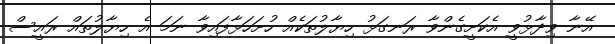
އޭނާ ވިދާޅުވީ އެކަށީގެންވާ ރަނގަޅު ހިޔާލުތަކެއް ހުށަހަޅާފައިވާ ނަމަ އެ ހިޔާލުތައް ރައީސް